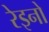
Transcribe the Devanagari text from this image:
रेइनो